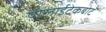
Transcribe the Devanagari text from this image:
पोलाईटेकबोट